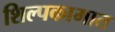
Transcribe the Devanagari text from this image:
शिल्पकामात